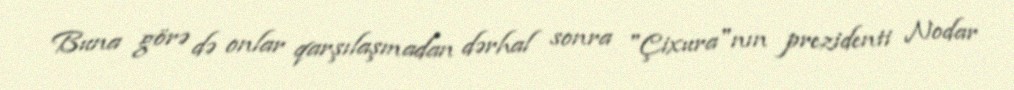
Buna görə də onlar qarşılaşmadan dərhal sonra "Çixura"nın prezidenti Nodar